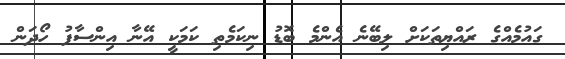
ގައުމެއްގެ ރައްޔިތަކަށް ލިބޭނެ އެންމެ ބޮޑު ނިކަމެތި ކަމަކީ އޭނާ އިންސާފު ހޯދަން